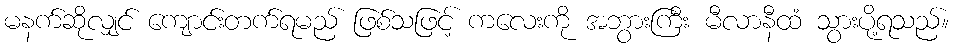
မနက်ဆိုလျှင် ကျောင်းတက်ရမည် ဖြစ်သဖြင့် ကလေးကို အဘွားကြီး မီလာနီထံ သွားပို့ရသည်။